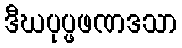
ဒီဃပုပ္ဖဖဏဒသာ